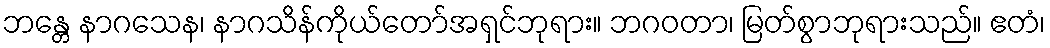
ဘန္တေ နာဂသေန၊ နာဂသိန်ကိုယ်တော်အရှင်ဘုရား။ ဘဂဝတာ၊ မြတ်စွာဘုရားသည်။ ဧတံ၊